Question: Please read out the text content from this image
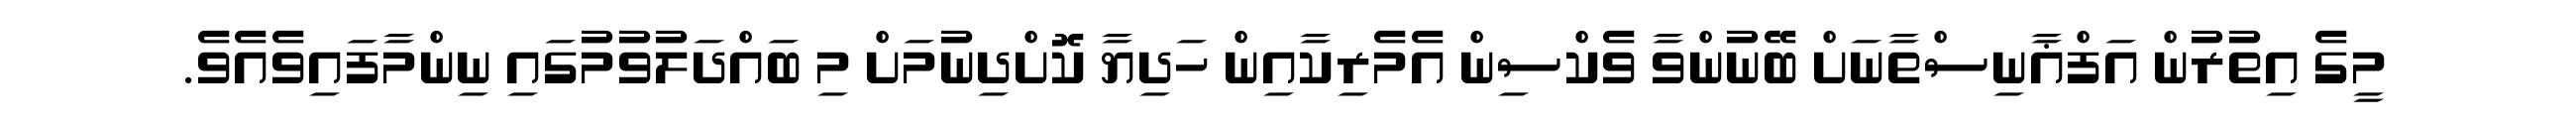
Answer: މީގެ އިތުރުން އަފްޣާނިސްތާނަށް ބޭނުންވާ ވެކްސިން އެމެރިކާއިން ހަދިޔާ ކޮށްދިނުމަށް މި ބައްދަލުވުމުގައި ނިންމާފައިވެއެވެ.